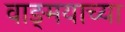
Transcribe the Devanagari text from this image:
वाङ्‍मयाच्या